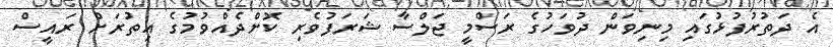
އެ ދަތުރުފުޅުގައި މިނިވަން ދުވަހުގެ ރަސްމީ ޖަލްސާ ޝަރަފުވެރި ކޮށްދެއްވުމުގެ އިތުރަށް ރައީސް